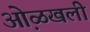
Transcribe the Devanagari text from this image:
ओ़ळखली